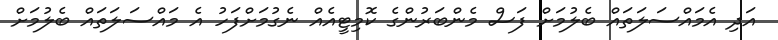
އަދި އެމައްސަލަތައް ބެލުމަށް ފަސް މެންބަރުންގެ ކޮމިޓީއެއް ނެގުމަށްފަހު އެ މައްސަލަތައް ބެލުމަށް